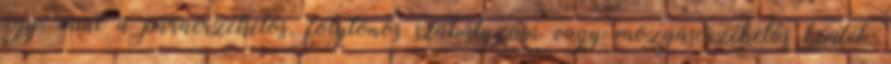
úgy, mint a páraérzékelős, folytonos szabályzású vagy mozgásérzékelős kivitel.